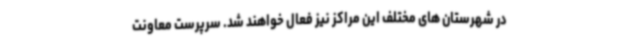
در شهرستان های مختلف این مراکز نیز فعال خواهند شد. سرپرست معاونت